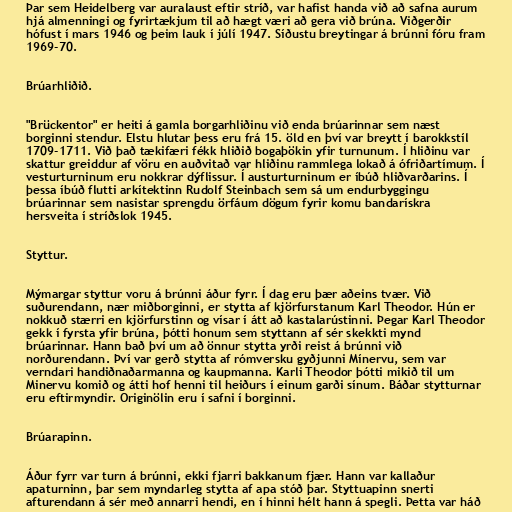
Þar sem Heidelberg var auralaust eftir stríð, var hafist handa við að safna aurum
hjá almenningi og fyrirtækjum til að hægt væri að gera við brúna. Viðgerðir
hófust í mars 1946 og þeim lauk í júlí 1947. Síðustu breytingar á brúnni fóru fram
1969-70.

Brúarhliðið.

"Brückentor" er heiti á gamla borgarhliðinu við enda brúarinnar sem næst
borginni stendur. Elstu hlutar þess eru frá 15. öld en því var breytt í barokkstíl
1709-1711. Við það tækifæri fékk hliðið bogaþökin yfir turnunum. Í hliðinu var
skattur greiddur af vöru en auðvitað var hliðinu rammlega lokað á ófriðartímum. Í
vesturturninum eru nokkrar dýflissur. Í austurturninum er íbúð hliðvarðarins. Í
þessa íbúð flutti arkítektinn Rudolf Steinbach sem sá um endurbyggingu
brúarinnar sem nasistar sprengdu örfáum dögum fyrir komu bandarískra
hersveita í stríðslok 1945.

Styttur.

Mýmargar styttur voru á brúnni áður fyrr. Í dag eru þær aðeins tvær. Við
suðurendann, nær miðborginni, er stytta af kjörfurstanum Karl Theodor. Hún er
nokkuð stærri en kjörfurstinn og vísar í átt að kastalarústinni. Þegar Karl Theodor
gekk í fyrsta yfir brúna, þótti honum sem styttann af sér skekkti mynd
brúarinnar. Hann bað því um að önnur stytta yrði reist á brúnni við
norðurendann. Því var gerð stytta af rómversku gyðjunni Mínervu, sem var
verndari handiðnaðarmanna og kaupmanna. Karli Theodor þótti mikið til um
Minervu komið og átti hof henni til heiðurs í einum garði sínum. Báðar stytturnar
eru eftirmyndir. Originölin eru í safni í borginni.

Brúarapinn.

Áður fyrr var turn á brúnni, ekki fjarri bakkanum fjær. Hann var kallaður
apaturninn, þar sem myndarleg stytta af apa stóð þar. Styttuapinn snerti
afturendann á sér með annarri hendi, en í hinni hélt hann á spegli. Þetta var háð